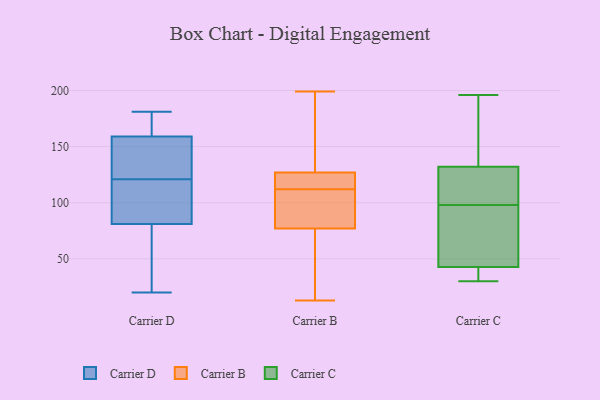
{"axis": {"x": "Active Users", "y": "Value"}, "legend": ["Carrier B", "Carrier C", "Carrier D"], "data": [{"x": "", "y": 57, "type": "Carrier D"}, {"x": "", "y": 181, "type": "Carrier D"}, {"x": "", "y": 20, "type": "Carrier D"}, {"x": "", "y": 161, "type": "Carrier D"}, {"x": "", "y": 154, "type": "Carrier D"}, {"x": "", "y": 149, "type": "Carrier D"}, {"x": "", "y": 53, "type": "Carrier D"}, {"x": "", "y": 128, "type": "Carrier D"}, {"x": "", "y": 86, "type": "Carrier D"}, {"x": "", "y": 81, "type": "Carrier D"}, {"x": "", "y": 114, "type": "Carrier D"}, {"x": "", "y": 177, "type": "Carrier D"}, {"x": "", "y": 102, "type": "Carrier D"}, {"x": "", "y": 91, "type": "Carrier D"}, {"x": "", "y": 158, "type": "Carrier D"}, {"x": "", "y": 159, "type": "Carrier D"}, {"x": "", "y": 66, "type": "Carrier D"}, {"x": "", "y": 180, "type": "Carrier D"}, {"x": "", "y": 121, "type": "Carrier B"}, {"x": "", "y": 161, "type": "Carrier B"}, {"x": "", "y": 94, "type": "Carrier B"}, {"x": "", "y": 123, "type": "Carrier B"}, {"x": "", "y": 123, "type": "Carrier B"}, {"x": "", "y": 127, "type": "Carrier B"}, {"x": "", "y": 148, "type": "Carrier B"}, {"x": "", "y": 100, "type": "Carrier B"}, {"x": "", "y": 77, "type": "Carrier B"}, {"x": "", "y": 60, "type": "Carrier B"}, {"x": "", "y": 199, "type": "Carrier B"}, {"x": "", "y": 187, "type": "Carrier B"}, {"x": "", "y": 112, "type": "Carrier B"}, {"x": "", "y": 76, "type": "Carrier B"}, {"x": "", "y": 13, "type": "Carrier B"}, {"x": "", "y": 112, "type": "Carrier B"}, {"x": "", "y": 87, "type": "Carrier B"}, {"x": "", "y": 14, "type": "Carrier B"}, {"x": "", "y": 114, "type": "Carrier C"}, {"x": "", "y": 47, "type": "Carrier C"}, {"x": "", "y": 131, "type": "Carrier C"}, {"x": "", "y": 42, "type": "Carrier C"}, {"x": "", "y": 43, "type": "Carrier C"}, {"x": "", "y": 80, "type": "Carrier C"}, {"x": "", "y": 135, "type": "Carrier C"}, {"x": "", "y": 38, "type": "Carrier C"}, {"x": "", "y": 196, "type": "Carrier C"}, {"x": "", "y": 37, "type": "Carrier C"}, {"x": "", "y": 30, "type": "Carrier C"}, {"x": "", "y": 144, "type": "Carrier C"}, {"x": "", "y": 108, "type": "Carrier C"}, {"x": "", "y": 105, "type": "Carrier C"}, {"x": "", "y": 98, "type": "Carrier C"}, {"x": "", "y": 145, "type": "Carrier C"}, {"x": "", "y": 89, "type": "Carrier C"}]}